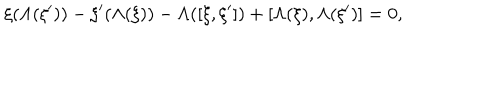
LaTeX: \xi ( \Lambda ( \xi ^ { \prime } ) ) - \xi ^ { \prime } ( \Lambda ( \xi ) ) - \Lambda ( [ \xi , \xi ^ { \prime } ] ) + [ \Lambda ( \xi ) , \Lambda ( \xi ^ { \prime } ) ] = 0 ,